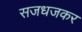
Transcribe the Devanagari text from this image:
सजधजकर